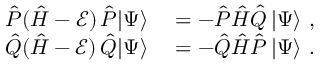
\begin{array} { r l } { \hat { P } ( \hat { H } - \mathcal { E } ) \, \hat { P } | \Psi \rangle } & { { } = - \hat { P } \hat { H } \hat { Q } \, | \Psi \rangle ~ , } \\ { \hat { Q } ( \hat { H } - \mathcal { E } ) \, \hat { Q } | \Psi \rangle } & { { } = - \hat { Q } \hat { H } \hat { P } \, | \Psi \rangle ~ . } \end{array}